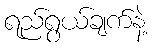
ရည်ရွယ်ချက်နဲ့